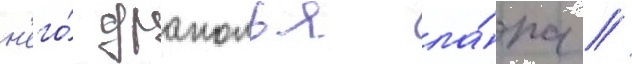
н'его́ драконья ла́па //